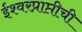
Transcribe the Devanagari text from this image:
ईश्वरप्राप्तीची